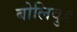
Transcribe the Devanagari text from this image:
बोलिवुड